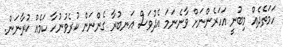
ހަމަތެދެއް މިބުނީ އަހަރެންނަށް ވާނެނަމަ އެދުވަސް އަނބުރާ ގެންނަން ކުރެވުނުހާ ކަމެއް ކުރާނަން.